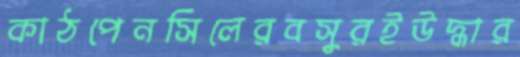
কাঠপেনসিলেরবসুরইউদ্ধার